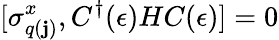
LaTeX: [\sigma_{q(\mathbf{j})}^{x},C^{\dagger}(\epsilon)HC(\epsilon)]=0